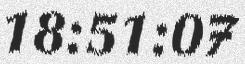
18:51:07